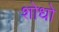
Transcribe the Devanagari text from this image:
शोधो